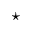
\star